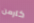
كارمن